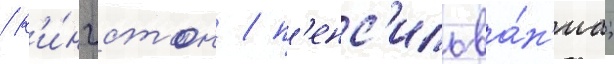
/ к'и́нгстон / п'енс'ильва́н'иа;